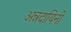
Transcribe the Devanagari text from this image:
अन्नदायिनी